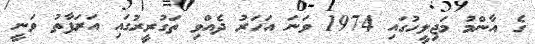
ގެ އާންމު މަޖިލީހުގައި 1974 ވަނަ އަހަރު ދެއްވި ތަގުރީރުގައި އަރަފާތު ވަނީ